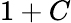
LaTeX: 1+C